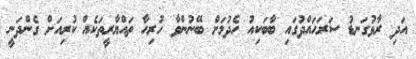
އަދި ރާޅުގަނޑު ސަރަހައްދުގައި ބާބަކިއު ހެދުމަށް ބޭނުންވާ ހުރިހާ ތައްޔާރީތަކެއް ކުރިއަށް ގެންދަނީ